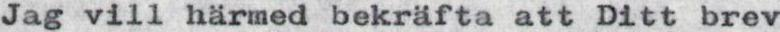
Jag vill härmed bekräfta att Ditt brev